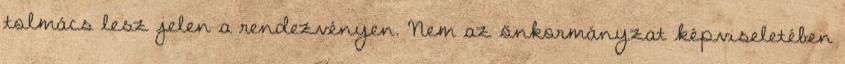
tolmács lesz jelen a rendezvényen. Nem az önkormányzat képviseletében